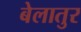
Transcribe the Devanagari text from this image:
बेलातुर